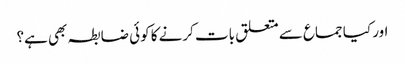
اور کیا جماع سے متعلق بات کرنے کا کوئی ضابطہ بھی ہے؟